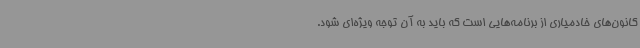
کانون‌های خادمیاری از برنامه‌هایی است که باید به آن توجه ویژه‌ای شود.